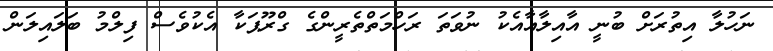
ނަހުލާ އިތުރަށް ބުނީ އާއިލާއާއެކު ނުވަތަ ރަހްމަތްތެރީންގެ ގްރޫޕަކާ އެކުވެސް ފިލްމު ބަލައިލަން